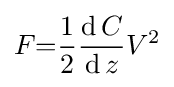
F{=}{\frac {1}{2}}{\operatorname {d} C \over \operatorname {d} z}V^{2}